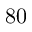
8 0